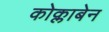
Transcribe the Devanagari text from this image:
कोक्लाबेन